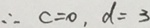
\therefore c = 0 , d = 3